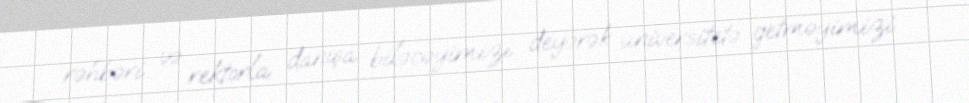
rəhbəri və rektorla danışa biləcəyimizi deyərək universitetə getməyimizi